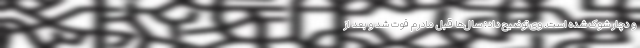
و دچار شوک شده است. وی توضیح داد: سال‌ها قبل مادرم فوت شد و بعد از